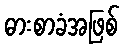
ဓားစာခံအဖြစ်